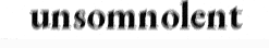
unsomnolent